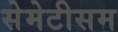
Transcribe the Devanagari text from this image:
सेमेटीसम